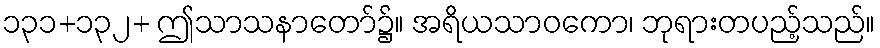
၁၃၁+၁၃၂+ ဤသာသနာတော်၌။ အရိယသာဝကော၊ ဘုရားတပည့်သည်။